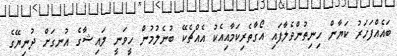
ބައެއްފަހަރު ކަޔާން ހިނިތުންވެލާފައި އޯގާތެރިކަމާއިއެކު އެއްޗެކޭ ބުނެލުމުން ހީވަނީ ލައިޝާގެ އުނގަށް ދުނިޔޭގެ